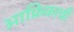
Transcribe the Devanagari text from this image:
आफ्रिकाची